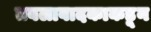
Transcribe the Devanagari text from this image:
तबलावादकाकडून